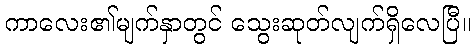
ကာလေး၏မျက်နှာတွင် သွေးဆုတ်လျက်ရှိလေပြီ။